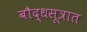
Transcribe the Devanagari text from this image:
बौद्धसूत्रात